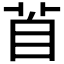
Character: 𦤄